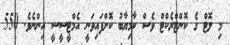
މި ލޮޓް ގެ ކޮންޓްރެކްޓް ވެސް ކާމިޔާބު ކޮށްފައިވަނީ އެމްޓީސީސީ އިންނެވެ. 550